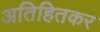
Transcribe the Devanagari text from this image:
अतिहितकर